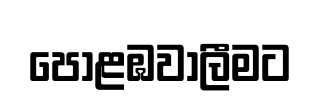
පොළඹවාලීමට